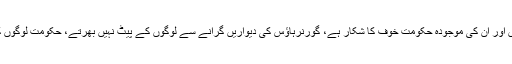
انہوں نے کہا کہ عمران خان نا اہل ہیں اور ان کی موجودہ حکومت خوف کا شکار ہے، گورنرہاؤس کی دیواریں گرانے سے لوگوں کے پیٹ نہیں بھرتے، حکومت لوگوں کو ڈلیور کرنے میں ناکام ہو گئی ہے۔